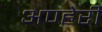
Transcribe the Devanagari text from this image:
अण्हेरी